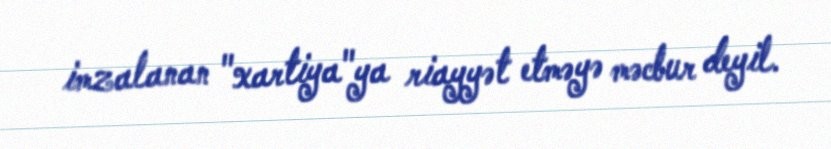
imzalanan "xartiya"ya riayyət etməyə məcbur deyil.